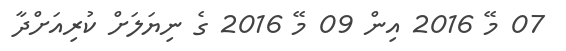
07 މޭ 2016 އިން 09 މޭ 2016 ގެ ނިޔަލަށް ކުރިއަށްދާ